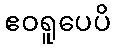
ဧဝရူပေပိ